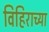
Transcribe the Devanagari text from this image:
विहिराच्या